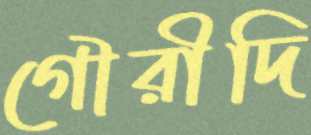
গৌরীদি